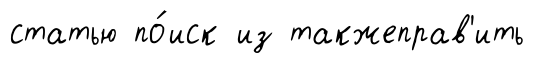
статью по́иск из такжеправ'ить